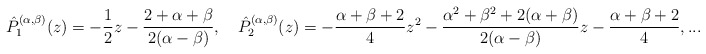
\begin{align*}\hat{P}_1^{(\alpha,\beta)}(z)=-\frac{1}{2}z-\frac{2+\alpha+\beta}{2(\alpha-\beta)},\quad\hat{P}_2^{(\alpha,\beta)}(z)=-\frac{\alpha+\beta+2}{4}z^2-\frac{\alpha^2+\beta^2+2(\alpha+\beta)}{2(\alpha-\beta)}z-\frac{\alpha+\beta+2}{4},...\end{align*}